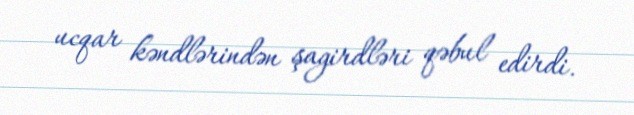
ucqar kəndlərindən şagirdləri qəbul edirdi.